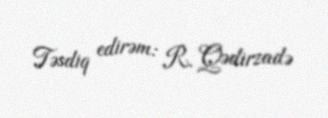
Təsdiq edirəm: R. Qədirzadə